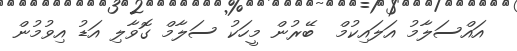
އައްސަލާމު އަލައިކުމް  ބޭރުން މީހަކު ސަލާމް ގޮވާލި އަޑު އިވުމުން